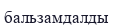
бальзамдалды